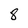
Character: 8